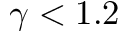
\gamma < 1 . 2